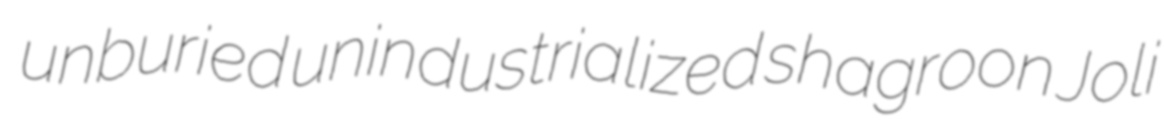
unburied unindustrialized shagroon Joli